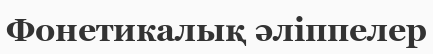
Фонетикалық әліппелер